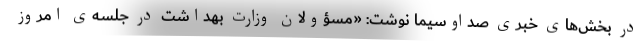
در بخش‌های خبری صداوسیما نوشت: «‌مسؤولان وزارت بهداشت در جلسه‌ی امروز